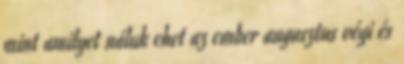
mint amilyet náluk ehet az ember augusztus végi és